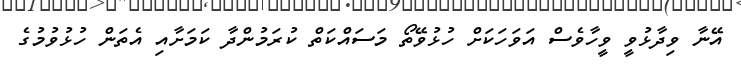
އޭނާ ވިދާޅުވީ ވީހާވެސް އަވަހަކަށް ހުޅުވޭތޯ މަސައްކަތް ކުރަމުންދާ ކަމަށާއި އެތަން ހުޅުވުމުގެ